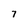
Character: 7